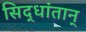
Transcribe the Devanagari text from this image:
सिद्धांतान्